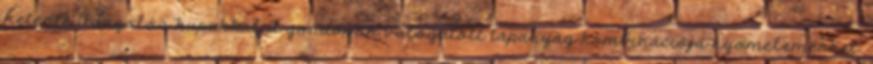
hetente Adagolós kupakkal A gondosan válogatott tápanyag kombinációja nyomelemekkel.